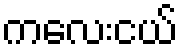
ကလေးငယ်